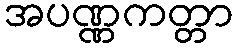
အပဏ္ဏကတ္တာ